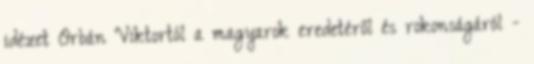
idézet Orbán Viktortól a magyarok eredetéről és rokonságáról -